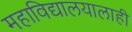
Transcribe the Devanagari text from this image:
महाविद्यालयालाही